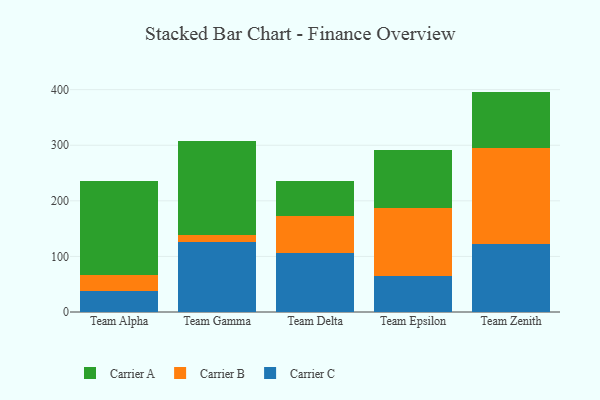
{"axis": {"x": "Team", "y": "LTV (USD)"}, "legend": ["Carrier A", "Carrier B", "Carrier C"], "data": [{"x": "Team Alpha", "y": 37.8, "type": "Carrier C"}, {"x": "Team Alpha", "y": 28.6, "type": "Carrier B"}, {"x": "Team Alpha", "y": 168.4, "type": "Carrier A"}, {"x": "Team Gamma", "y": 126.3, "type": "Carrier C"}, {"x": "Team Gamma", "y": 13.1, "type": "Carrier B"}, {"x": "Team Gamma", "y": 168.5, "type": "Carrier A"}, {"x": "Team Delta", "y": 106.1, "type": "Carrier C"}, {"x": "Team Delta", "y": 65.8, "type": "Carrier B"}, {"x": "Team Delta", "y": 64.1, "type": "Carrier A"}, {"x": "Team Epsilon", "y": 64.1, "type": "Carrier C"}, {"x": "Team Epsilon", "y": 123.7, "type": "Carrier B"}, {"x": "Team Epsilon", "y": 104.1, "type": "Carrier A"}, {"x": "Team Zenith", "y": 122.4, "type": "Carrier C"}, {"x": "Team Zenith", "y": 171.8, "type": "Carrier B"}, {"x": "Team Zenith", "y": 102.3, "type": "Carrier A"}]}